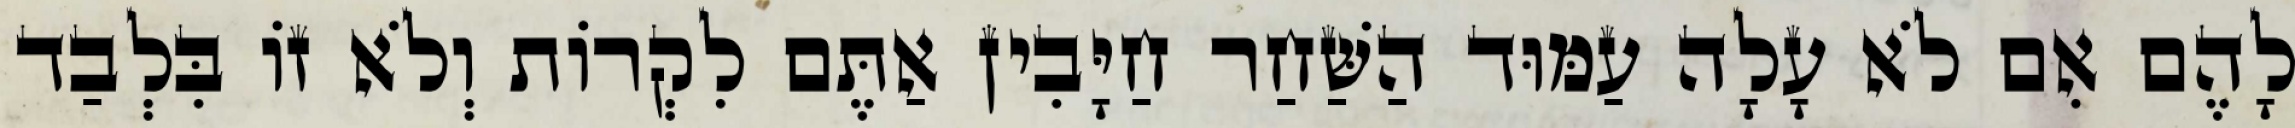
לָהֶם אִם לֹא עָלָה עַמּוּד הַשַּׁחַר חַיָּבִין אַתֶּם לִקְרוֹת וְלֹא זוֹ בִּלְבַד